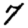
Digit: 7